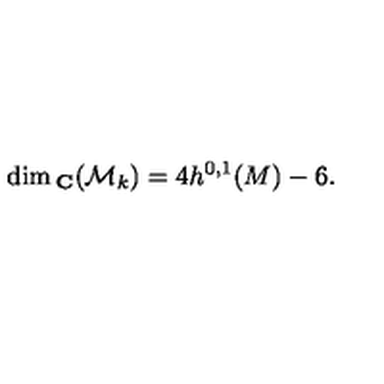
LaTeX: \dim { } _ { { \bf C } } ( { \cal M } _ { k } ) = 4 h ^ { 0 , 1 } ( M ) - 6 .